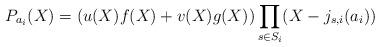
LaTeX: \begin{align*}P_{a_i}(X) = (u(X) f(X) + v(X) g(X))\prod_{s\in S_i}(X - j_{s,i}(a_i))\end{align*}